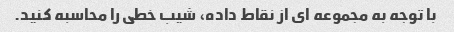
با توجه به مجموعه ای از نقاط داده، شیب خطی را محاسبه کنید.